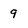
Character: 9